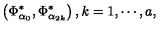
\left( \Phi _ { \alpha _ { 0 } } ^ { * } , \Phi _ { \alpha _ { 2 k } } ^ { * } \right) , k = 1 , \cdots , a ,